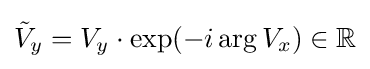
{\tilde {V}}_{y}=V_{y}\cdot \exp(-i\arg V_{x})\in \mathbb {R}